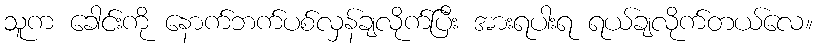
သူက ခေါင်းကို နောက်ဘက်ပစ်လှန်ချလိုက်ပြီး အားရပါးရ ရယ်ချလိုက်တယ်လေ။